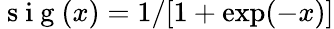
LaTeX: \mathrm{~s~i~g~}(x)=1/[1+\exp(-x)]